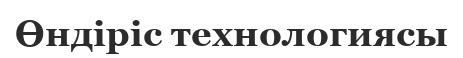
Өндіріс технологиясы